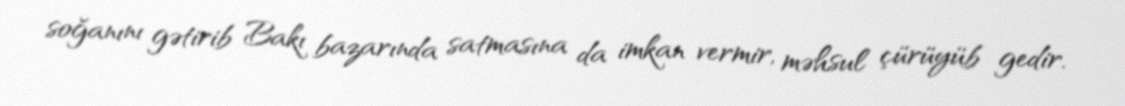
soğanını gətirib Bakı bazarında satmasına da imkan vermir, məhsul çürüyüb gedir.